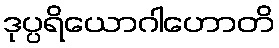
ဒုပ္ပရိယောဂါဟောတိ